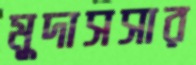
মুদাসসার